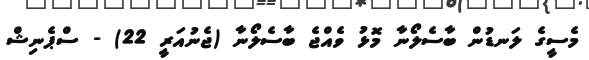
މެސީގެ ލަނޑުން ބާސެލޯނާ މޮޅު ވެއްޖެ ބާސެލޯނާ (ޖެނުއަރީ 22) - ސްޕެނިޝް